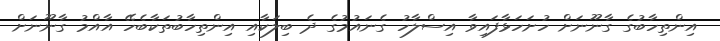
އިންތިހާބުގެ ގާނޫނަށް ހުށަހަޅާފައިވާ އިސްލާހު ގެނައުމުގެ ދެ ބިލަކާއި އިންތިހާބުތަކާބެހޭ އާއްމު ގާނޫނަށް